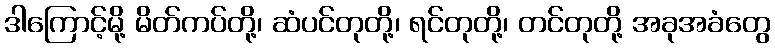
ဒါကြောင့်မို့ မိတ်ကပ်တို့၊ ဆံပင်တုတို့၊ ရင်တုတို့၊ တင်တုတို့ အခုအခံတွေ